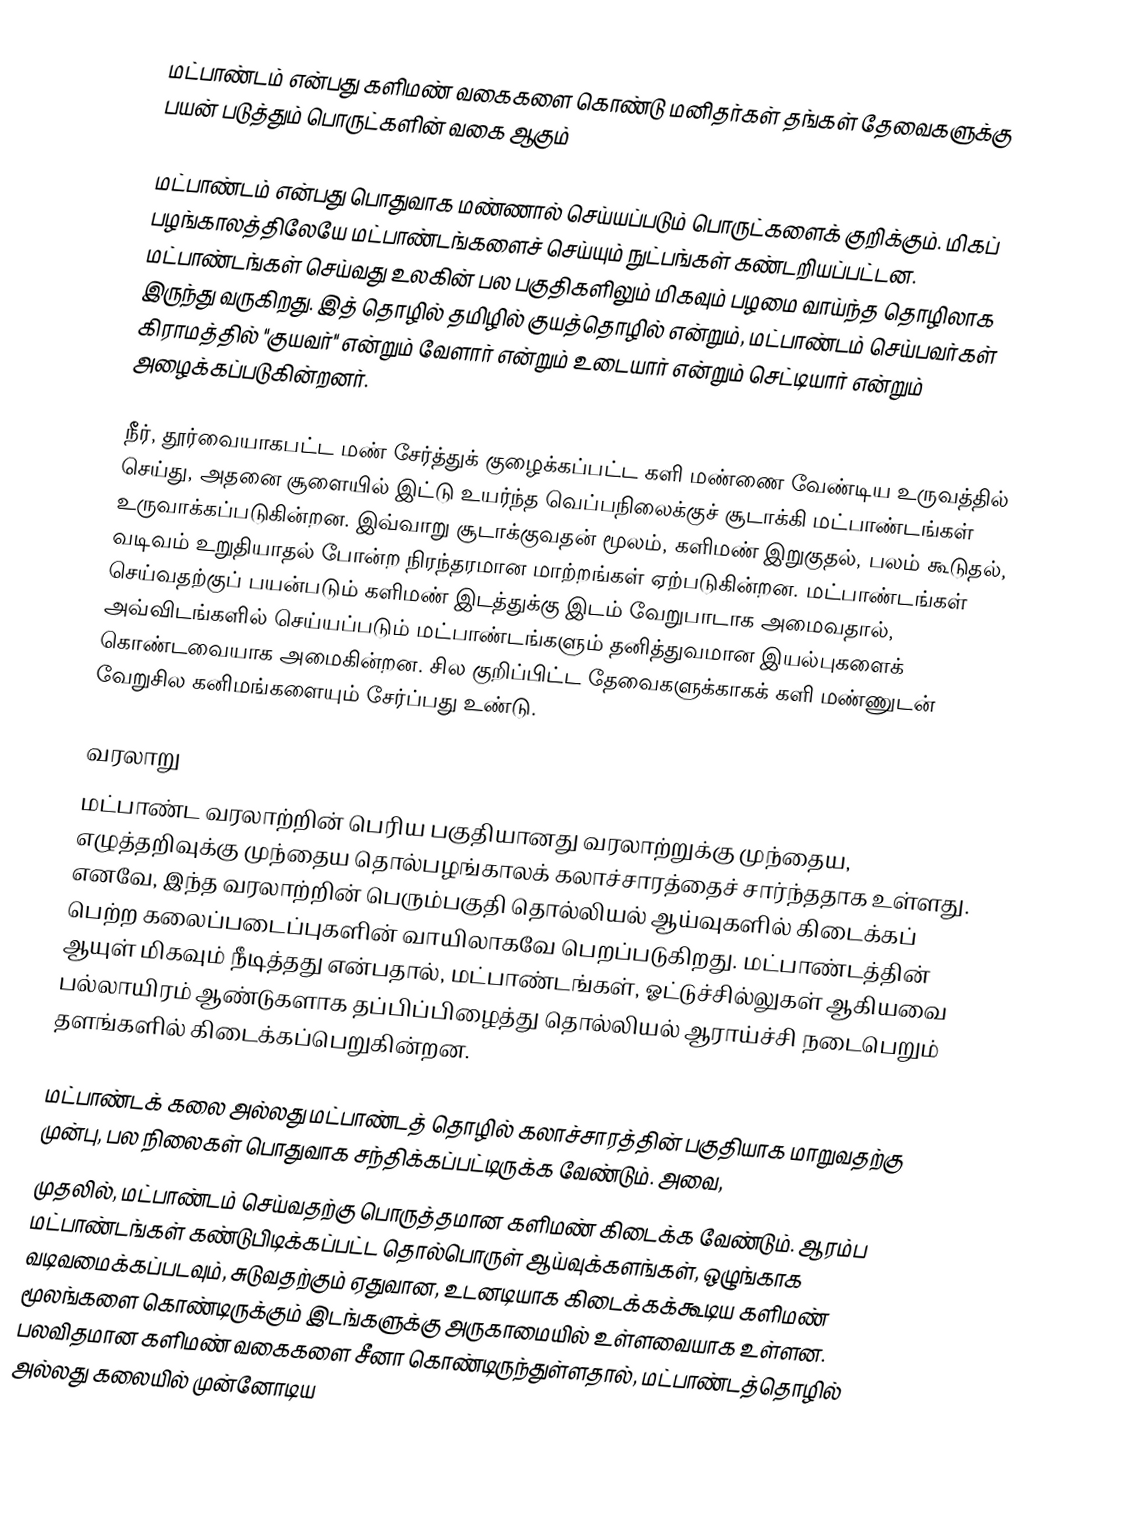
மட்பாண்டம் என்பது களிமண் வகைகளை கொண்டு மனிதர்கள் தங்கள் தேவைகளுக்கு பயன் படுத்தும் பொருட்களின் வகை ஆகும்

மட்பாண்டம் என்பது பொதுவாக மண்ணால் செய்யப்படும் பொருட்களைக் குறிக்கும். மிகப் பழங்காலத்திலேயே மட்பாண்டங்களைச் செய்யும் நுட்பங்கள் கண்டறியப்பட்டன. மட்பாண்டங்கள் செய்வது உலகின் பல பகுதிகளிலும் மிகவும் பழமை வாய்ந்த தொழிலாக இருந்து வருகிறது. இத் தொழில் தமிழில் குயத்தொழில் என்றும், மட்பாண்டம் செய்பவர்கள் கிராமத்தில்  "குயவர்" என்றும் வேளார் என்றும் உடையார் என்றும் செட்டியார் என்றும் அழைக்கப்படுகின்றனர்.

நீர், தூர்வையாகபட்ட மண் சேர்த்துக் குழைக்கப்பட்ட களி மண்ணை வேண்டிய உருவத்தில் செய்து, அதனை சூளையில் இட்டு உயர்ந்த வெப்பநிலைக்குச் சூடாக்கி மட்பாண்டங்கள் உருவாக்கப்படுகின்றன. இவ்வாறு சூடாக்குவதன் மூலம், களிமண் இறுகுதல், பலம் கூடுதல், வடிவம் உறுதியாதல் போன்ற நிரந்தரமான மாற்றங்கள் ஏற்படுகின்றன. மட்பாண்டங்கள் செய்வதற்குப் பயன்படும் களிமண் இடத்துக்கு இடம் வேறுபாடாக அமைவதால், அவ்விடங்களில் செய்யப்படும் மட்பாண்டங்களும் தனித்துவமான இயல்புகளைக் கொண்டவையாக அமைகின்றன. சில குறிப்பிட்ட தேவைகளுக்காகக் களி மண்ணுடன் வேறுசில கனிமங்களையும் சேர்ப்பது உண்டு.

வரலாறு
மட்பாண்ட வரலாற்றின் பெரிய பகுதியானது வரலாற்றுக்கு முந்தைய, எழுத்தறிவுக்கு முந்தைய தொல்பழங்காலக் கலாச்சாரத்தைச் சார்ந்ததாக உள்ளது. எனவே, இந்த வரலாற்றின் பெரும்பகுதி தொல்லியல் ஆய்வுகளில் கிடைக்கப் பெற்ற கலைப்படைப்புகளின் வாயிலாகவே பெறப்படுகிறது. மட்பாண்டத்தின் ஆயுள் மிகவும் நீடித்தது என்பதால், மட்பாண்டங்கள், ஓட்டுச்சில்லுகள் ஆகியவை பல்லாயிரம் ஆண்டுகளாக தப்பிப்பிழைத்து தொல்லியல் ஆராய்ச்சி நடைபெறும் தளங்களில் கிடைக்கப்பெறுகின்றன.

மட்பாண்டக் கலை அல்லது மட்பாண்டத் தொழில் கலாச்சாரத்தின் பகுதியாக மாறுவதற்கு முன்பு, பல நிலைகள் பொதுவாக சந்திக்கப்பட்டிருக்க வேண்டும். அவை,
 முதலில், மட்பாண்டம் செய்வதற்கு பொருத்தமான களிமண் கிடைக்க வேண்டும். ஆரம்ப மட்பாண்டங்கள் கண்டுபிடிக்கப்பட்ட தொல்பொருள் ஆய்வுக்களங்கள், ஒழுங்காக வடிவமைக்கப்படவும், சுடுவதற்கும் ஏதுவான, உடனடியாக கிடைக்கக்கூடிய களிமண் மூலங்களை கொண்டிருக்கும் இடங்களுக்கு அருகாமையில் உள்ளவையாக உள்ளன. பலவிதமான களிமண் வகைகளை சீனா கொண்டிருந்துள்ளதால், மட்பாண்டத்தொழில் அல்லது கலையில் முன்னோடிய